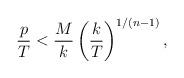
LaTeX: \begin{align*}{p\over T} < {M\over k} \left({k\over T}\right)^{1/(n-1)},\end{align*}